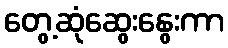
တွေ့ဆုံဆွေးနွေးကာ